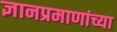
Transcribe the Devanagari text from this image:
ज्ञानप्रमाणांच्या